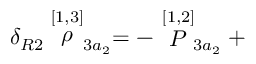
\delta _ { R 2 } \stackrel { [ 1 , 3 ] } { \rho } _ { 3 a _ { 2 } } = - \stackrel { [ 1 , 2 ] } { P } _ { 3 a _ { 2 } } +